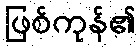
ဖြစ်ကုန်၏